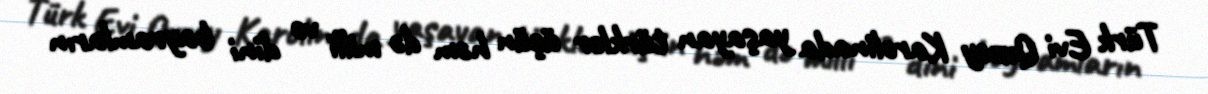
Türk Evi Quzey Karolinada yaşayan türklər üçün həm də milli və dini bayramların